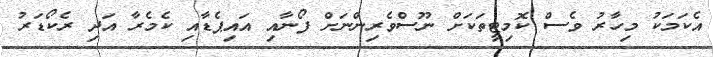
އެކަމަކު މިހާރު ވެސް ކޮމިޓީތަކަށް ނޫސްވެރިންނަށް ފޯނާއި އައިޕެޑާއި ކެމެރާ އަދި ރެކޯޑަރު